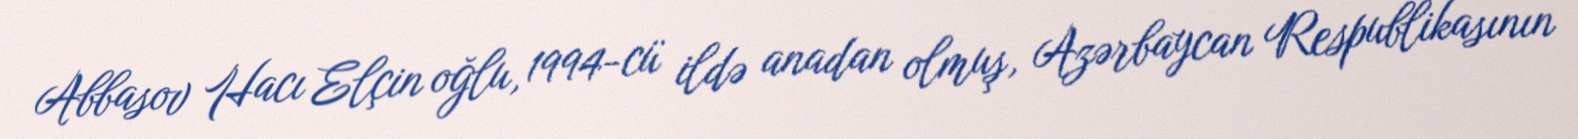
Abbasov Hacı Elçin oğlu, 1994-cü ildə anadan olmuş, Azərbaycan Respublikasının